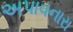
અપાવનારા